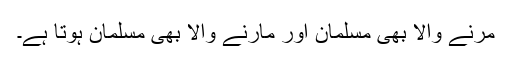
مرنے والا بھی مسلمان اور مارنے والا بھی مسلمان ہوتا ہے۔